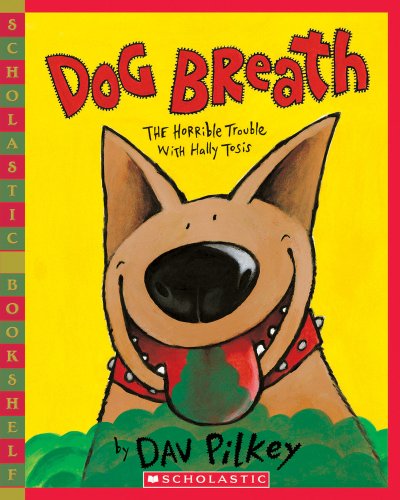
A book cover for Dog Breath; Dav Pilkey; Children's Books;